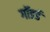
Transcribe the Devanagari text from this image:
गॉडर्ड